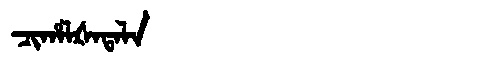
Manchu: ᠴᡳᡥᠠᠯᡧᠠᡨᠠᠯᠠ
Romanization: CIHALŠATALA